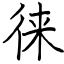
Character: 徕